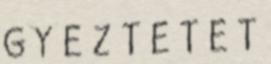
G Y E Z T E T E T